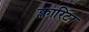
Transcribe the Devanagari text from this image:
क्लारिटा